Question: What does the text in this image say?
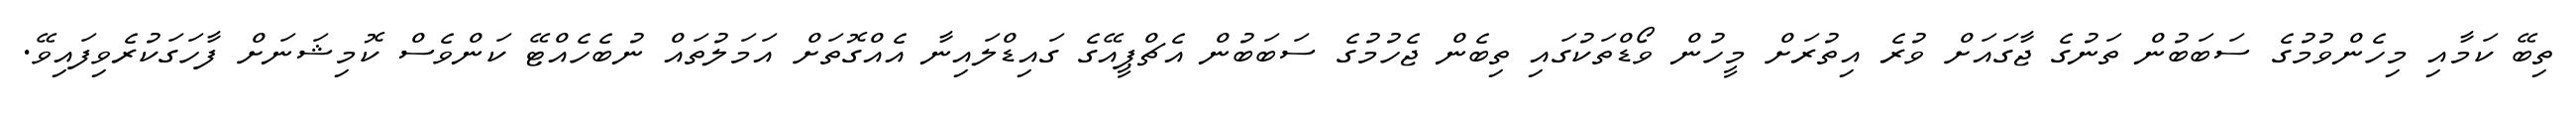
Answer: ތިބޭ ކަމާއި މިހެންވުމުގެ ސަބަބުން ތަނުގެ ޖާގައަށް ވުރެ އިތުރަށް މީހުން ވޯޑްތަކުގައި ތިބެން ޖެހުމުގެ ސަބަބުން އެޗްޕީއޭގެ ގައިޑްލައިނާ އެއްގޮތަށް އަމަލުތައް ނުބެހެއްޓޭ ކަންވެސް ކޮމިޝަނަށް ފާހަގަކުރެވިފައިވޭ.